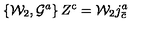
\left\{ { \cal W } _ { 2 } , { \cal G } ^ { a } \right\} Z ^ { \mathrm { \small c } } = { \cal W } _ { 2 } j _ { \bar { c } } ^ { a }